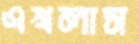
এখলাস